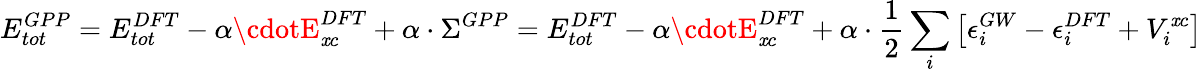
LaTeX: E_{tot}^{GPP}=E_{tot}^{DFT}-\alpha\cdotE_{\mathit{x}c}^{DFT}+\alpha\cdot\Sigma^{GPP}=E_{tot}^{DFT}-\alpha\cdotE_{\mathit{x}c}^{DFT}+\alpha\cdot\frac{1}{2}\sum_{i}\left[\epsilon_{i}^{GW}-\epsilon_{i}^{DFT}+V_{i}^{\mathit{x}c}\right]